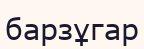
барзұгар